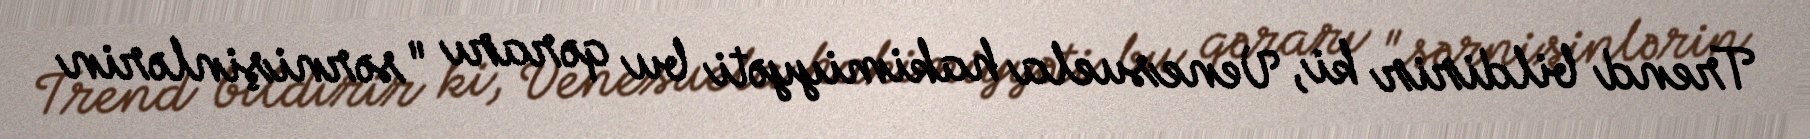
Trend bildirir ki, Venesuela hakimiyyəti bu qərarı "sərnişinlərin